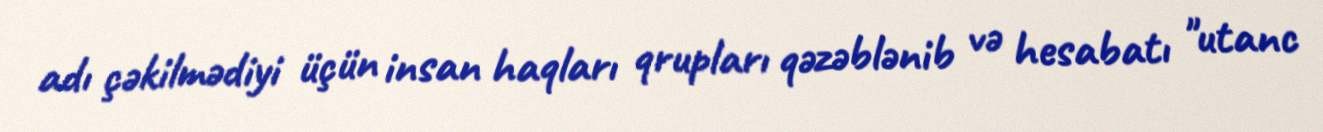
adı çəkilmədiyi üçün insan haqları qrupları qəzəblənib və hesabatı "utanc